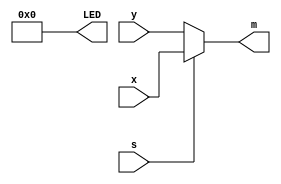
module Task2(
    input [3:0] x,    // 4-bit input x
    input [3:0] y,    // 4-bit input y
    input s,          // 1-bit input select signal
    output [3:0] m,   // 4-bit output m
    output [3:0] LED  // 4-bit output LED
);

    // Multiplexer logic: select x if s is 1, otherwise select y
    assign m = (s) ? x : y;

    // Set all LEDs to 0
    assign LED = 4'b0000;

endmodule